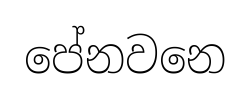
පේනවනෙ